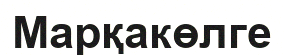
Марқакөлге